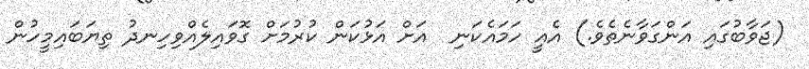
(ޖަވާބުގައި އަންގަވާނެތެވެ.) އެއީ ހަމައެކަނި  އަށް އަޅުކަން ކުރުމަށް ގޮވައިލެއްވިހިނދު ތިޔަބައިމީހުން